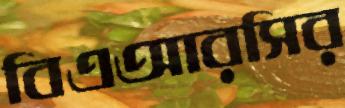
বিএআরসির